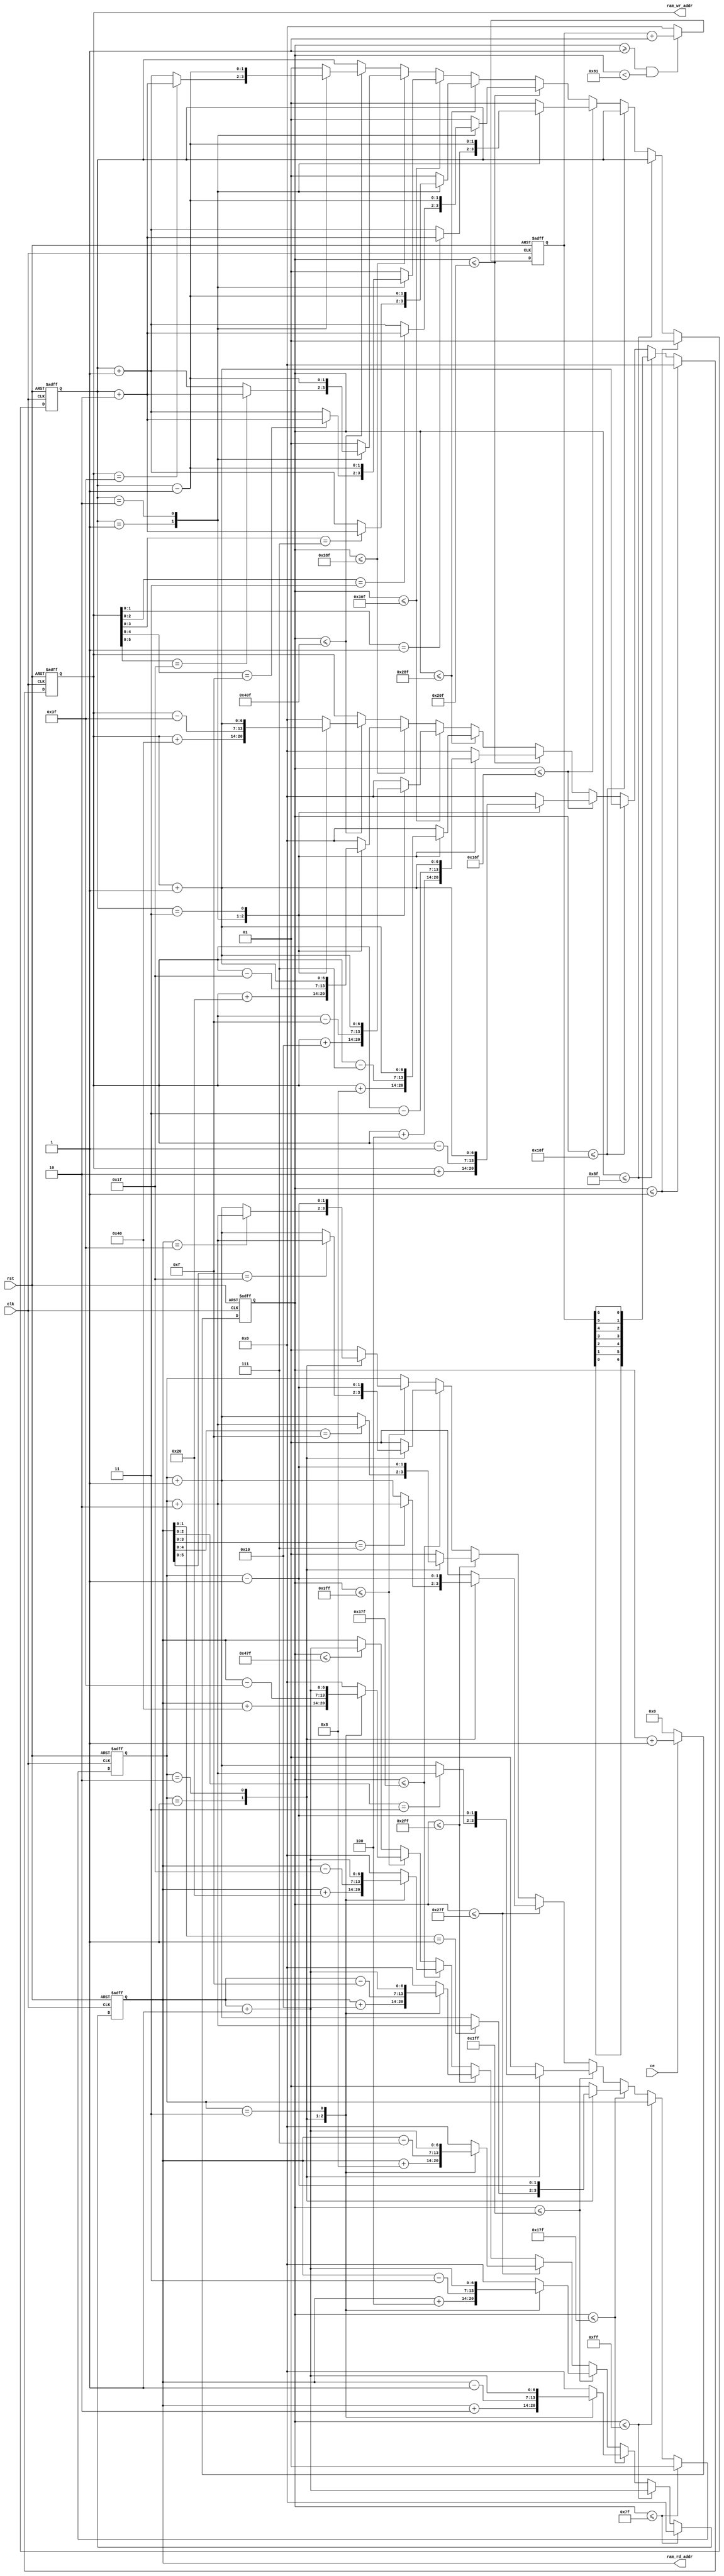
`timescale 1ns / 1ps 

module fft_ram_ad(
clk,
rst,
ce,
ram_rd_addr,
ram_wr_addr
    );
input clk,rst;
input ce;
output reg [6:0] ram_rd_addr;
output reg [6:0] ram_wr_addr;
reg[1:0]i;
reg[1:0]j;
reg [10:0] count;
reg[6:0]ram_wr_ad_temp;
wire[6:0]ram_wr_ad_temp_rev;
 
wire w_ad_4_1,w_ad_8_3,w_ad_16_7,w_ad_32_15,w_ad_64_31,w_ad_128_63;
wire r_ad_4_1,r_ad_8_3,r_ad_16_7,r_ad_32_15,r_ad_64_31,r_ad_128_63;

//ram_wr_addr%7'd4==7'd1
assign w_ad_4_1   = (ram_wr_addr[1:0]=={1'b0,1'b1}); 
//ram_wr_addr%7'd8==7'd3                     
assign w_ad_8_3   = (ram_wr_addr[2:0]=={1'b0,1'b1,1'b1});
//ram_wr_addr%7'd16==7'd7
assign w_ad_16_7  = (ram_wr_addr[3:0]=={1'b0,1'b1,1'b1,1'b1});
//ram_wr_addr%7'd32==7'd15
assign w_ad_32_15 = (ram_wr_addr[4:0]=={1'b0,1'b1,1'b1,1'b1,1'b1});
//ram_wr_addr%7'd64==7'd31
assign w_ad_64_31 = (ram_wr_addr[5:0]=={1'b0,1'b1,1'b1,1'b1,1'b1,1'b1});
//ram_wr_addr%7'd128==7'd63
assign w_ad_128_63 = (ram_wr_addr[6:0]=={1'b0,1'b1,1'b1,1'b1,1'b1,1'b1,1'b1});

//ram_rd_addr%7'd4==7'd1
assign r_ad_4_1   = (ram_rd_addr[1:0]=={1'b0,1'b1}); 
//ram_rd_addr%7'd8==7'd3                     
assign r_ad_8_3   = (ram_rd_addr[2:0]=={1'b0,1'b1,1'b1});
//ram_rd_addr%7'd16==7'd7
assign r_ad_16_7  = (ram_rd_addr[3:0]=={1'b0,1'b1,1'b1,1'b1});
//ram_rd_addr%7'd32==7'd15
assign r_ad_32_15 = (ram_rd_addr[4:0]=={1'b0,1'b1,1'b1,1'b1,1'b1});
//ram_rd_addr%7'd64==7'd31
assign r_ad_64_31 = (ram_rd_addr[5:0]=={1'b0,1'b1,1'b1,1'b1,1'b1,1'b1});
//ram_rd_addr%7'd128==7'd63
assign r_ad_128_63 = (ram_rd_addr[6:0]=={1'b0,1'b1,1'b1,1'b1,1'b1,1'b1,1'b1});
 
always@(posedge clk or negedge rst)
    if(!rst)
        count<=11'd0;
    else if(ce)
        count<=count+1'b1;
    else 
		count<=11'd0;

assign ram_wr_ad_temp_rev={ram_wr_ad_temp[0],ram_wr_ad_temp[1],ram_wr_ad_temp[2],ram_wr_ad_temp[3],ram_wr_ad_temp[4],ram_wr_ad_temp[5],ram_wr_ad_temp[6]};

always@(posedge clk or negedge rst)
  if(!rst)
    ram_wr_ad_temp <= 7'd0;
  else if( count >= 11'd1 && count < 11'd129 )
    ram_wr_ad_temp <= ram_wr_ad_temp + 1'b1;    
  else 
	ram_wr_ad_temp <= 7'd0; 		
		
always@(posedge clk or negedge rst)
  if(!rst)begin
    j<=2'd1;
    ram_wr_addr<=7'd0;
  end
  else if(count<=11'd1 )begin 
    j<=2'd1;
    ram_wr_addr<=7'd0;
  end
  else if( count<=11'd143 )
	ram_wr_addr<=ram_wr_ad_temp_rev;
  else if( count<=11'd271 )
    ram_wr_addr<=ram_wr_addr+7'd1;
  else if( count<=11'd399)
     case(j)
      2'd1: begin ram_wr_addr<=ram_wr_addr+7'd2;
            if( w_ad_4_1 )j<=j+2'd2;
            else j<=j+2'd1;end
      2'd2: begin ram_wr_addr<=ram_wr_addr-7'd1;j<=j-2'd1;end      
      2'd3: begin ram_wr_addr<=ram_wr_addr+7'd1;j<=2'd1;end
	  default: begin j<=2'd1;ram_wr_addr<=7'd0;end
     endcase    
  else if( count<=11'd527 )
     case(j)
      2'd1: begin ram_wr_addr<=ram_wr_addr+7'd4;
            if( w_ad_8_3 )j<=j+2'd2;
            else j<=j+2'd1;end
      2'd2: begin ram_wr_addr<=ram_wr_addr-7'd3;j<=j-2'd1;end      
      2'd3: begin ram_wr_addr<=ram_wr_addr+7'd1;j<=2'd1;end
	  default: begin j<=2'd1;ram_wr_addr<=7'd0;end
     endcase    
  else if( count<=11'd655 )
     case(j)
      2'd1: begin ram_wr_addr<=ram_wr_addr+7'd8;
            if( w_ad_16_7 )j<=j+2'd2;
            else j<=j+2'd1;end
      2'd2: begin ram_wr_addr<=ram_wr_addr-7'd7;j<=j-2'd1;end      
      2'd3: begin ram_wr_addr<=ram_wr_addr+7'd1;j<=2'd1;end
	  default: begin j<=2'd1;ram_wr_addr<=7'd0;end
     endcase    
  else if( count<=11'd783)
     case(j)
      2'd1: begin ram_wr_addr<=ram_wr_addr+7'd16;
            if( w_ad_32_15 )j<=j+2'd2;
            else j<=j+2'd1;end
      2'd2: begin ram_wr_addr<=ram_wr_addr-7'd15;j<=j-2'd1;end      
      2'd3: begin ram_wr_addr<=ram_wr_addr+7'd1;j<=2'd1;end
	  default: begin j<=2'd1;ram_wr_addr<=7'd0;end
     endcase 
  else if( count<=11'd911)
     case(j)
      2'd1: begin ram_wr_addr<=ram_wr_addr+7'd32;
            if( w_ad_64_31 )j<=j+2'd2;
            else j<=j+2'd1;end
      2'd2: begin ram_wr_addr<=ram_wr_addr-7'd31;j<=j-2'd1;end      
      2'd3: begin ram_wr_addr<=ram_wr_addr+7'd1;j<=2'd1;end
	  default: begin j<=2'd1;ram_wr_addr<=7'd0;end
     endcase 
  else if( count<=11'd1039)
     case(j)
      2'd1: begin ram_wr_addr<=ram_wr_addr+7'd64;
            if( w_ad_128_63 )j<=j+2'd2;
            else j<=j+2'd1;end
      2'd2: begin ram_wr_addr<=ram_wr_addr-7'd63;j<=j-2'd1;end      
      2'd3: begin ram_wr_addr<=ram_wr_addr+7'd1;j<=2'd1;end
	  default: begin j<=2'd1;ram_wr_addr<=7'd0;end
     endcase 
  
always@(posedge clk or negedge rst)
  if(!rst)begin
    i<=2'd1;
    ram_rd_addr<=7'd0;
  end 
  else if(count<=11'd127)begin  
    i<=2'd1;
    ram_rd_addr<=7'd0;
  end
  else if( count<=11'd255 )
       ram_rd_addr<=ram_rd_addr+7'd1;
  else if( count<=11'd383 )
    case(i)
      2'd1: begin ram_rd_addr<=ram_rd_addr+7'd2;
            if( r_ad_4_1 )i<=i+2'd2;
            else i<=i+2'd1;end
      2'd2: begin ram_rd_addr<=ram_rd_addr-7'd1;i<=i-2'd1;end      
      2'd3: begin ram_rd_addr<=ram_rd_addr+7'd1;i<=2'd1;end
	  default: begin i<=2'd1;ram_rd_addr<=7'd0;end
     endcase      
  else if( count<=11'd511 )
    case(i)
      2'd1: begin ram_rd_addr<=ram_rd_addr+7'd4;
            if( r_ad_8_3 )i<=i+2'd2;
            else i<=i+2'd1;end
      2'd2: begin ram_rd_addr<=ram_rd_addr-7'd3;i<=i-2'd1;end      
      2'd3: begin ram_rd_addr<=ram_rd_addr+7'd1;i<=2'd1;end
	  default: begin i<=2'd1;ram_rd_addr<=7'd0;end
     endcase      
  else if( count<=11'd639)
    case(i)
      2'd1: begin ram_rd_addr<=ram_rd_addr+7'd8;
            if( r_ad_16_7 )i<=i+2'd2;
            else i<=i+2'd1;end
      2'd2: begin ram_rd_addr<=ram_rd_addr-7'd7;i<=i-2'd1;end      
      2'd3: begin ram_rd_addr<=ram_rd_addr+7'd1;i<=2'd1;end
	  default: begin i<=2'd1;ram_rd_addr<=7'd0;end
     endcase      
  else if( count<=11'd767)
    case(i)
      2'd1: begin ram_rd_addr<=ram_rd_addr+7'd16;
            if( r_ad_32_15 )i<=i+2'd2;
            else i<=i+2'd1;end
      2'd2: begin ram_rd_addr<=ram_rd_addr-7'd15;i<=i-2'd1;end      
      2'd3: begin ram_rd_addr<=ram_rd_addr+7'd1;i<=2'd1;end
	  default: begin i<=2'd1;ram_rd_addr<=7'd0;end
     endcase 
  else if( count<=11'd895)
    case(i)
      2'd1: begin ram_rd_addr<=ram_rd_addr+7'd32;
            if( r_ad_64_31 )i<=i+2'd2;
            else i<=i+2'd1;end
      2'd2: begin ram_rd_addr<=ram_rd_addr-7'd31;i<=i-2'd1;end      
      2'd3: begin ram_rd_addr<=ram_rd_addr+7'd1;i<=2'd1;end
	  default: begin i<=2'd1;ram_rd_addr<=7'd0;end
     endcase 
  else if( count<=11'd1023)
    case(i)
      2'd1: begin ram_rd_addr<=ram_rd_addr+7'd64;
            if( r_ad_128_63 )i<=i+2'd2;
            else i<=i+2'd1;end
      2'd2: begin ram_rd_addr<=ram_rd_addr-7'd63;i<=i-2'd1;end      
      2'd3: begin ram_rd_addr<=ram_rd_addr+7'd1;i<=2'd1;end
	  default: begin i<=2'd1;ram_rd_addr<=7'd0;end
     endcase 	 
  else if( count<=11'd1151 )
       ram_rd_addr<=ram_rd_addr+7'd1;
endmodule